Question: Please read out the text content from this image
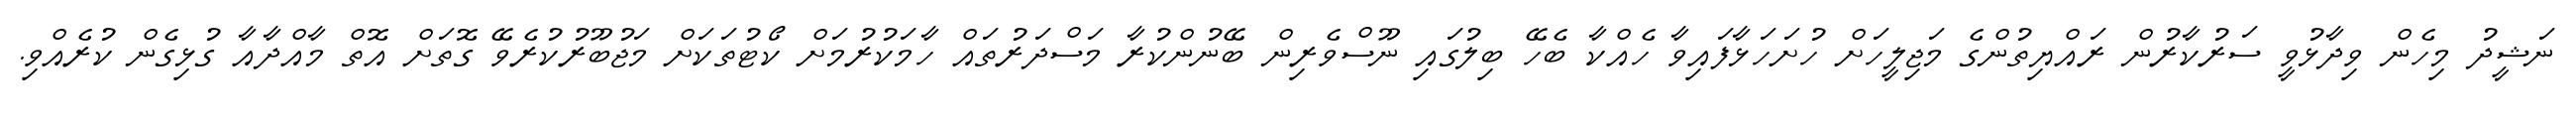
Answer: ނަޝީދު މިހެން ވިދާޅުވީ ސަރުކާރުން ރައްޔިތުންގެ މަޖިލީހަށް ހުށަހަޅާފައިވާ ހެއްކާ ބެހޭ ބިލުގައި ނޫސްވެރިން ބޭނުންކުރާ މަސްދަރުތައް ހާމަކުރުމަށް ކޯޓުތަކަށް މަޖުބޫރުކުރެވޭ ގޮތަށް އޮތް މާއްދާއާ ގުޅިގެން ކުރެއްވި.